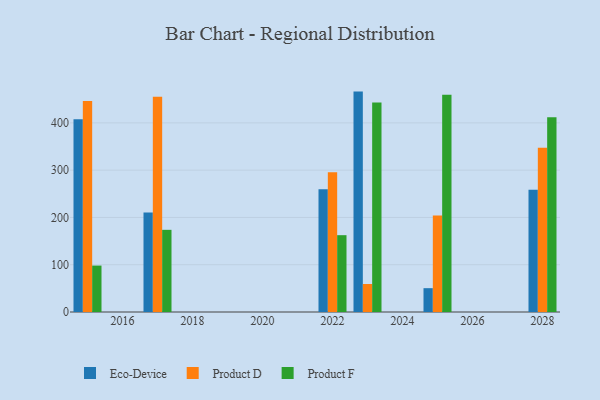
{"axis": {"x": "Year", "y": "Satisfaction Score"}, "legend": ["Eco-Device", "Product D", "Product F"], "data": [{"x": "2015", "y": 407.9, "type": "Eco-Device"}, {"x": "2015", "y": 446.3, "type": "Product D"}, {"x": "2015", "y": 98.2, "type": "Product F"}, {"x": "2028", "y": 258.7, "type": "Eco-Device"}, {"x": "2028", "y": 347.2, "type": "Product D"}, {"x": "2028", "y": 411.9, "type": "Product F"}, {"x": "2023", "y": 466.2, "type": "Eco-Device"}, {"x": "2023", "y": 59.2, "type": "Product D"}, {"x": "2023", "y": 443.2, "type": "Product F"}, {"x": "2017", "y": 210.6, "type": "Eco-Device"}, {"x": "2017", "y": 455.3, "type": "Product D"}, {"x": "2017", "y": 173.8, "type": "Product F"}, {"x": "2022", "y": 259.9, "type": "Eco-Device"}, {"x": "2022", "y": 295.7, "type": "Product D"}, {"x": "2022", "y": 162.5, "type": "Product F"}, {"x": "2025", "y": 50.4, "type": "Eco-Device"}, {"x": "2025", "y": 204.2, "type": "Product D"}, {"x": "2025", "y": 459.7, "type": "Product F"}]}